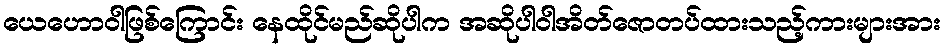
ယေဟောဝါဖြစ်ကြောင်း နေထိုင်မည်ဆိုပါက အဆိုပါဝါအိတ်ဇောတပ်ထားသည့်ကားများအား